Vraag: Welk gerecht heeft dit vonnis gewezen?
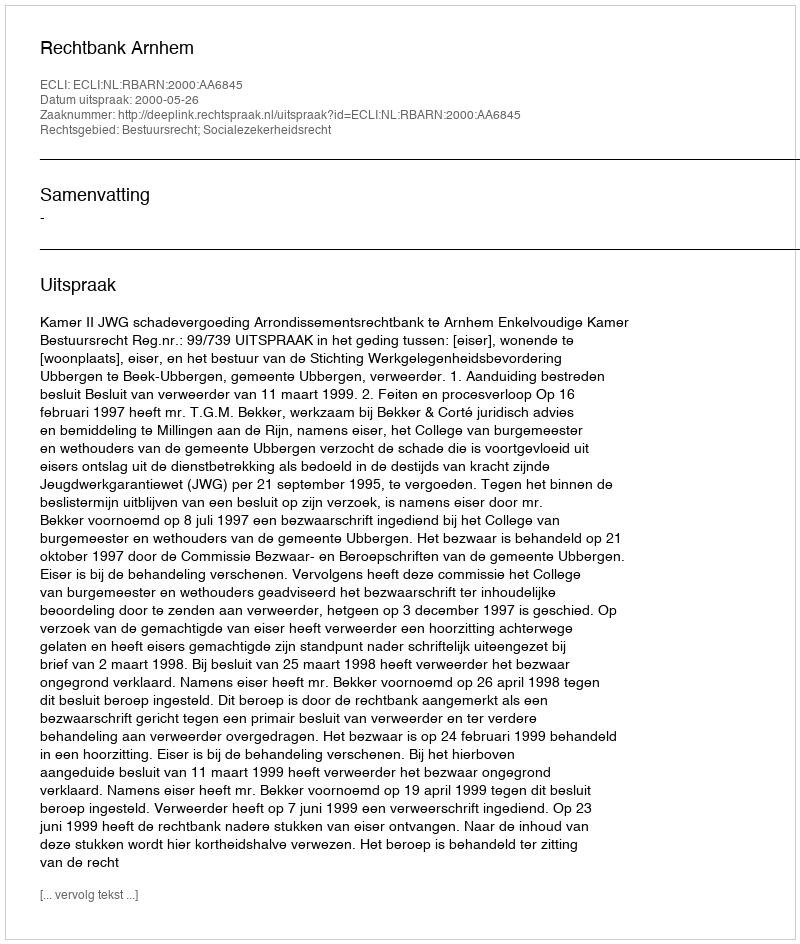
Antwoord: Rechtbank Arnhem